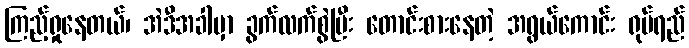
ကြည့်ရှုနေတယ်၊ အဲဒီအခါမှာ ခွက်လက်စွဲပြီး တောင်းစားနေတဲ့ အရွယ်ကောင်း ရုပ်ရည်